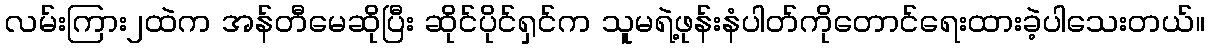
လမ်းကြား၂ထဲက အန်တီမေဆိုပြီး ဆိုင်ပိုင်ရှင်က သူမရဲ့ဖုန်းနံပါတ်ကိုတောင်ရေးထားခဲ့ပါသေးတယ်။